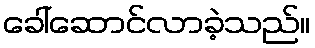
ခေါ်ဆောင်လာခဲ့သည်။